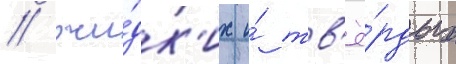
/ жи́дк'их и́ тв'ё́рдых